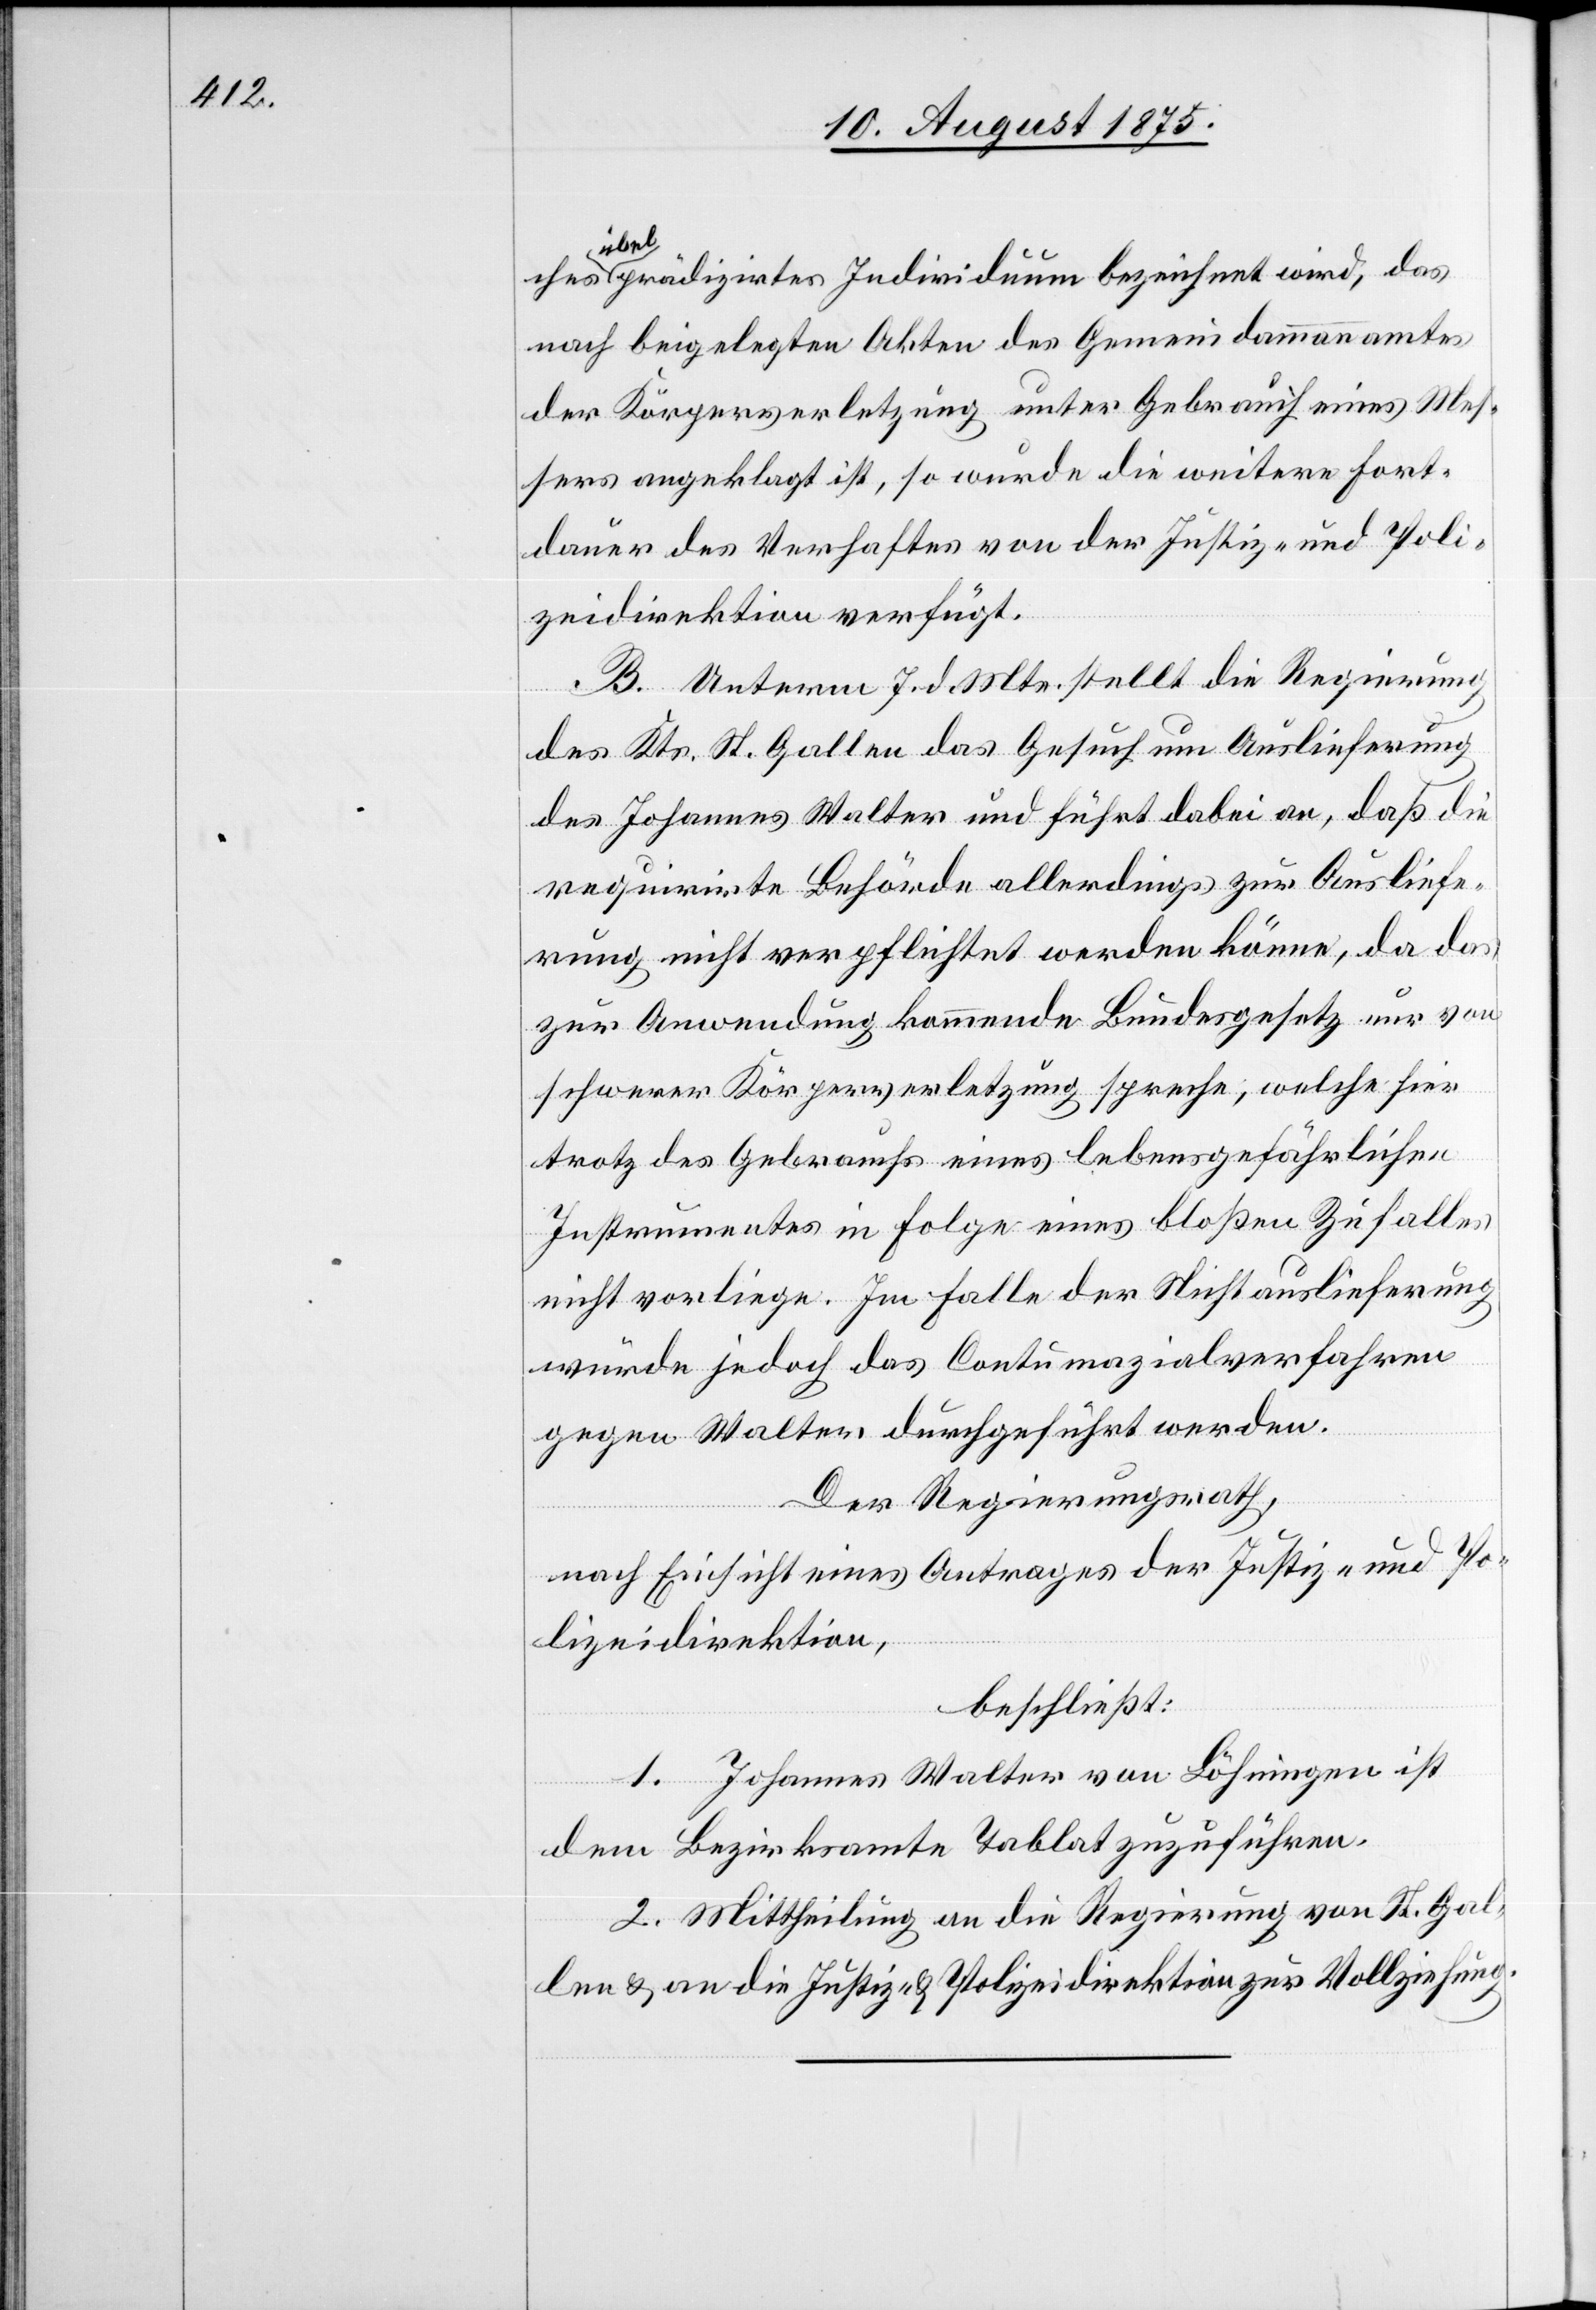
ches übel präzidirtes Individuum bezeichnet wird, das
nach beigelegten Akten des Gemeindammannamtes
der Körperverletzung unter Gebrauch eines Mes¬
sers angeklagt ist, so wurde die weitere Fort¬
dauer des Verhaftes von der Justiz- und Poli¬
zeidirektion verfügt.
B. Unterm 7. d. Mts. stellt die Regierung
des Kts. St. Gallen das Gesuch um Auslieferung
des Johannes Walter und führt dabei an, daß die
requrirte Behörde allerdings zur Ausliefe¬
rung nicht verpflichtet werden könne, da das
zur Anwendung kommende Bundesgesetz nur von
schwerer Körperverletzung spreche, welche hier
trotz des Gebrauches eines lebensgefährlichen
Instrumentes in Folge eines bloßen Zufalles
nicht vorliege. Im Falle der Nichtauslieferung
würde jedoch das Contumazialverfahren
gegen Walter durchgeführt werden.
Der Regierungsrath,
nach Einsicht eines Antrages der Justiz- und Po¬
lizeidirektion,
beschließt:
1. Johannes Walter von Löhringen ist
dem Bezirksamte Tablat zuzuführen.
2. Mittheilung an die Regierung von St. Gal¬
len & an die Justiz- & Polizeidirektion zur Vollziehung.